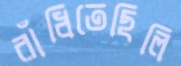
রাঁধিতেছিলি